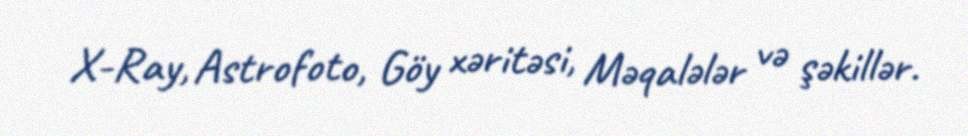
X-Ray, Astrofoto, Göy xəritəsi, Məqalələr və şəkillər.